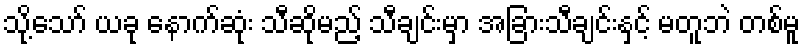
သို့သော် ယခု နောက်ဆုံး သီဆိုမည့် သီချင်းမှာ အခြားသီချင်းနှင့် မတူဘဲ တစ်မူ